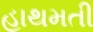
હાથમતી